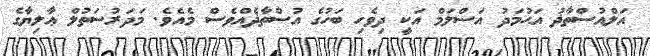
އަލްއުސްތާޛު އަޙުމަދު އަސްލަމް އަކީ ދިވެހި ބަހުގެ އުސްތާޛެއްވެސް މެއެވެ. މަދަރުސަތުލް ޢާލިޔާގެ